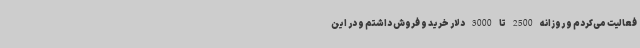
فعالیت می‌کردم و روزانه 2500 تا 3000 دلار خرید و فروش داشتم و در این